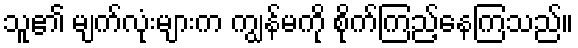
သူ၏ မျက်လုံးများက ကျွန်မကို စိုက်ကြည့်နေကြသည်။